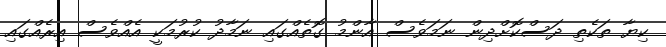
ކިޔާ ތަކެތި ދަސްކޮށްދިން ނަމަވެސް އާންމު ގޮތެއްގައި ނަމާދު ކުރުމަކީ އެއްވެސް އިރެއްގައި